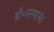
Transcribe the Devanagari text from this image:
डॉ॰परमानंद